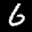
Label: 6